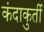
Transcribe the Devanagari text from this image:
कंदाकुर्ती